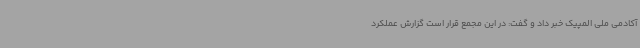
آکادمی ملی المپیک خبر داد و گفت: در این مجمع قرار است گزارش عملکرد